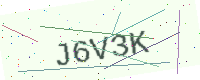
Text: J6V3K